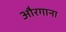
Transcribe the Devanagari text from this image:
औरगाना